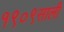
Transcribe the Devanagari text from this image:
१९०९साली